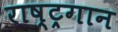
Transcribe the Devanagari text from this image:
राष्‍ट्रगान